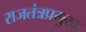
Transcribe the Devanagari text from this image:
राजतंत्रप्रमुख